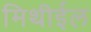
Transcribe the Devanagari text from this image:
मिथीईल